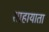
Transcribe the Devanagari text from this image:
साहायाता